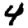
Digit: 4